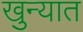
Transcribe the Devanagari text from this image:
खुन्यात